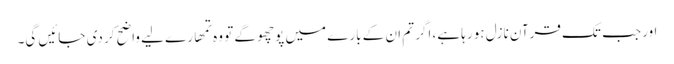
اور جب تک قرآن نازل ہو رہا ہے، اگر تم ان کے بارے میں پوچھو گے تو وہ تمھارے لیے واضح کر دی جائیں گی۔